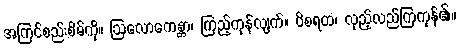
အကြင်စည်းစိမ်ကို။ ဩလောကေန္တာ၊ ကြည့်ကုန်လျက်။ ဝိစရထ၊ လှည့်လည်ကြကုန်၏။